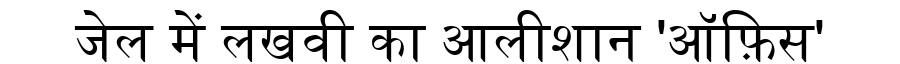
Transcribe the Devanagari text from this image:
जेल में लखवी का आलीशान 'ऑफ़िस'